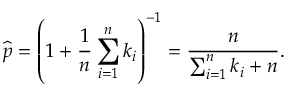
{ \widehat { p } } = \left( 1 + { \frac { 1 } { n } } \sum _ { i = 1 } ^ { n } k _ { i } \right) ^ { - 1 } = { \frac { n } { \sum _ { i = 1 } ^ { n } k _ { i } + n } } .